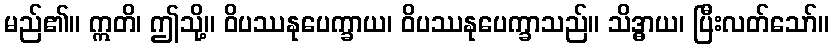
မည်၏။ ဣတိ၊ ဤသို့။ ဝိပဿနုပေက္ခာယ၊ ဝိပဿနုပေက္ခာသည်။ သိဒ္ဓာယ၊ ပြီးလတ်သော်။